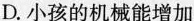
D.小孩的机械能增加